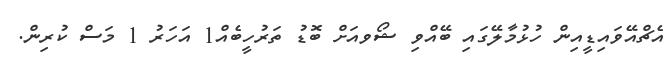
އެޗްއޭވައިޑީއިން ހުޅުމާލޭގައި ބޭއްވި ޝޯވއަށް ބޮޑު ތަރުހީބެއް1 އަހަރު 1 މަސް ކުރިން.